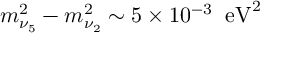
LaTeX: m _ { \nu _ { 5 } } ^ { 2 } - m _ { \nu _ { 2 } } ^ { 2 } \sim 5 \times 1 0 ^ { - 3 } \; \; \mathrm { e V } ^ { 2 }